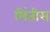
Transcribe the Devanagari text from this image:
भिंतीस